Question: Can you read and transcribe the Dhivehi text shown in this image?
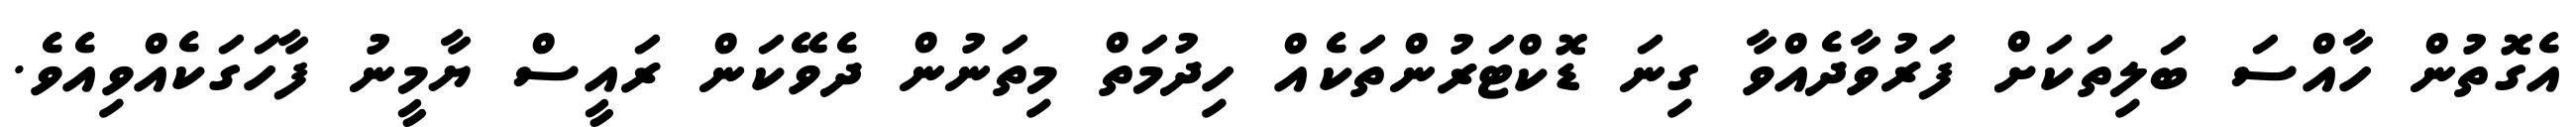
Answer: އެގޮތުން ހާއްސަ ބަލިތަކަށް ފަރުވާދެއްވާ ގިނަ ޑޮކްޓަރުންތަކެއް ހިދުމަތް މިތަނުން ދެވޭކަން ރައީސް ޔާމީނު ފާހަގަކެއްވިއެވެ.